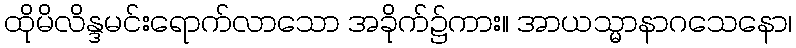
ထိုမိလိန္ဒမင်းရောက်လာသော အခိုက်၌ကား။ အာယသ္မာနာဂသေနော၊